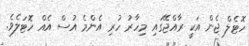
ހޮޓެލް ޖެން އަކީ ރާއްޖޭގައި މިހާރު ހުރި އެންމެ އުސް އެއް ހޮޓަލެވެ.